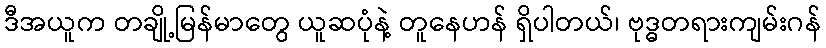
ဒီအယူက တချို့မြန်မာတွေ ယူဆပုံနဲ့ တူနေဟန် ရှိပါတယ်၊ ဗုဒ္ဓတရားကျမ်းဂန်